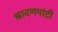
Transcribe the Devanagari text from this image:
श्रावणपांटी